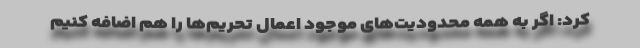
کرد: اگر به همه محدودیت‌های موجود اعمال تحریم‌ها را هم اضافه کنیم